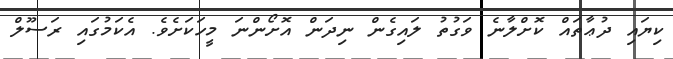
ކިޔައި ދުޢާތައް ކޮށްލާނެ ވަގުތު ލައިގެން ނިދަން އޮށޯންނަ މީހަކަށެވެ. އެކަމުގައި ރަސޫލް